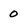
Character: 0